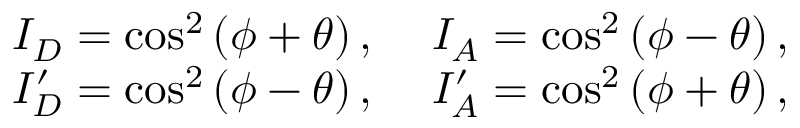
\begin{array} { r l } { I _ { D } = \cos ^ { 2 } \left( \phi + \theta \right) , ~ } & { { } I _ { A } = \cos ^ { 2 } \left( \phi - \theta \right) , } \\ { I _ { D } ^ { \prime } = \cos ^ { 2 } \left( \phi - \theta \right) , ~ } & { { } I _ { A } ^ { \prime } = \cos ^ { 2 } \left( \phi + \theta \right) , } \end{array}